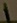
Text: 1